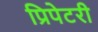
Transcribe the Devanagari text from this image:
प्रिपेटरी